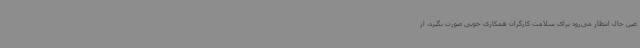
عین حال انتظار می‌رود برای سلامت کارگران همکاری خوبی صورت بگیرد، از